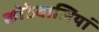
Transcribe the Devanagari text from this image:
कोठेवालियां